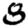
Digit: 8